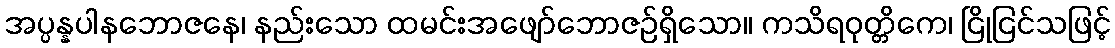
အပ္ပန္နပါနဘောဇနေ၊ နည်းသော ထမင်းအဖျော်ဘောဇဉ်ရှိသော။ ကသိရဝုတ္တိကေ၊ ငြိုငြင်သဖြင့်